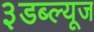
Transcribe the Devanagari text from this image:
३डब्ल्यूज